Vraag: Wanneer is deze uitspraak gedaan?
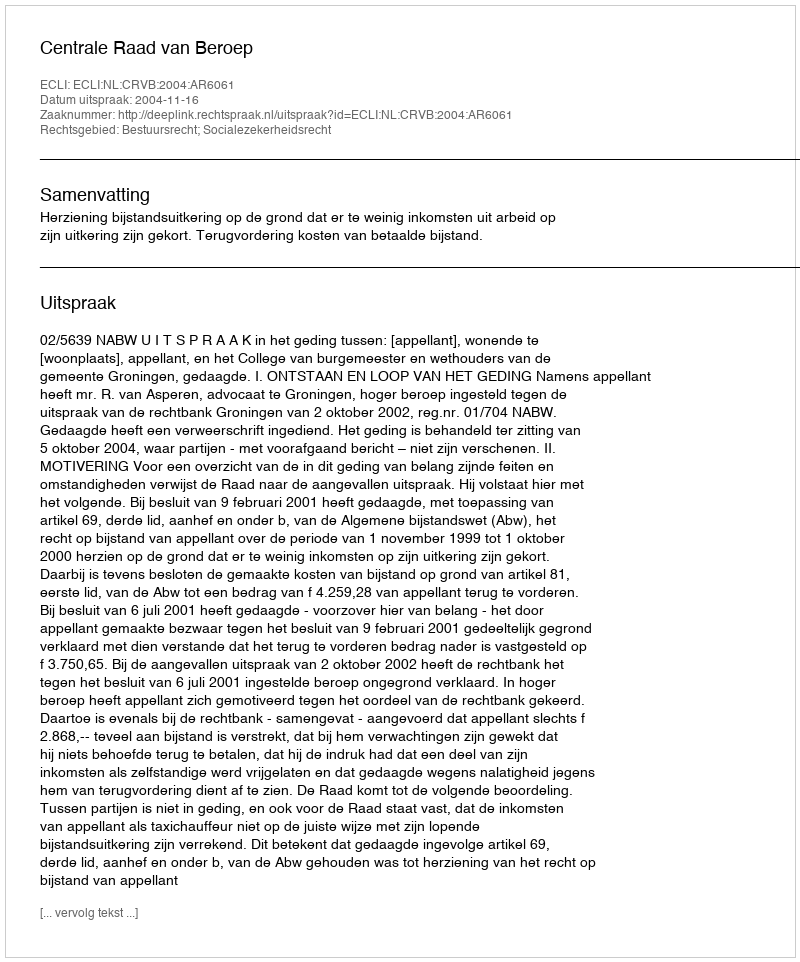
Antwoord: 2004-11-16